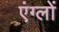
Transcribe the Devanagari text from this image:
एंग्लों